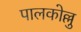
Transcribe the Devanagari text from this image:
पालकोल्लु